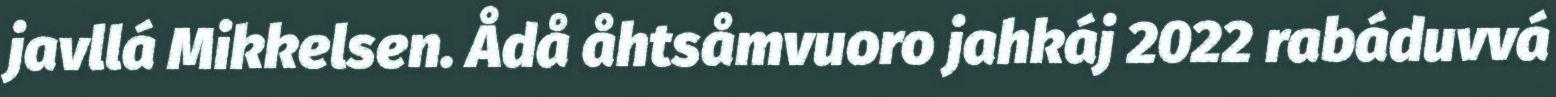
javllá Mikkelsen. Ådå åhtsåmvuoro jahkáj 2022 rabáduvvá